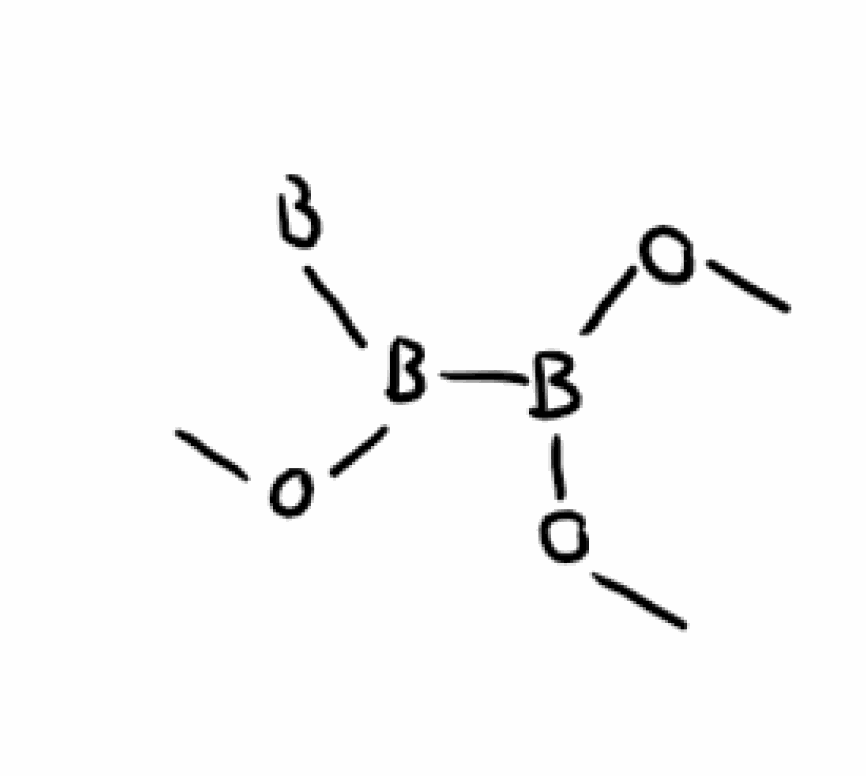
Simplified molecular-input line-entry system (SMILES) notation of the given molecule:
[B]B(B(OC)OC)OC